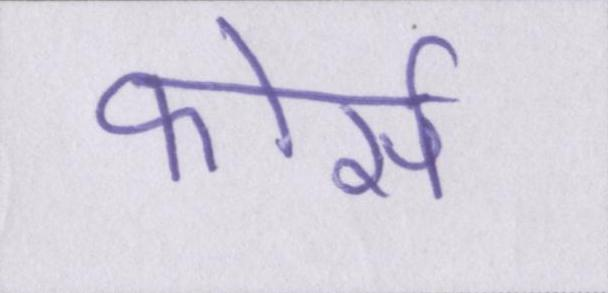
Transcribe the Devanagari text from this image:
फोर्स